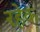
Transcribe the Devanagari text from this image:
रहेक